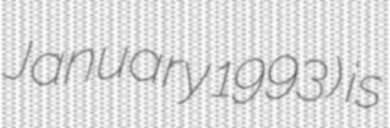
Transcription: January 1993) is